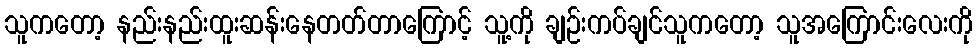
သူကတော့ နည်းနည်းထူးဆန်းနေတတ်တာကြောင့် သူ့ကို ချဉ်းကပ်ချင်သူကတော့ သူအကြောင်းလေးကို